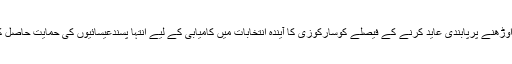
انہوں نے مسلم خواتین پر حجاب اوڑھنے پرپابندی عاید کرنے کے فیصلے کوسارکوزی کا آیندہ انتخابات میں کامیابی کے لیے انتہا پسندعیسائیوں کی حمایت حاصل کرنے کا ایک حربہ قرار دیا ہے۔